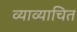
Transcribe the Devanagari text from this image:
व्याव्याचित